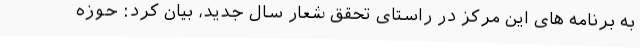
به برنامه های این مرکز در راستای تحقق شعار سال جدید، بیان کرد: حوزه